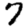
Digit: 7